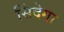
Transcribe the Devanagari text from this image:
सिंदेगा